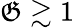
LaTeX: \mathfrak{G}\gtrsim1